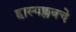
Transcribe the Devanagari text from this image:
हास्यक्लबचे